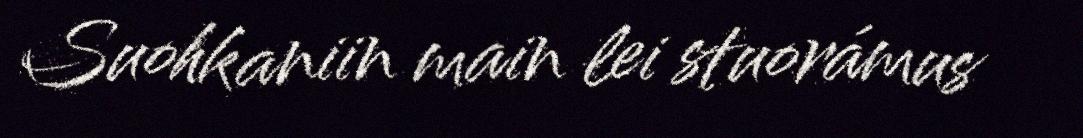
Suohkaniin main lei stuorámus